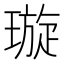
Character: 璇